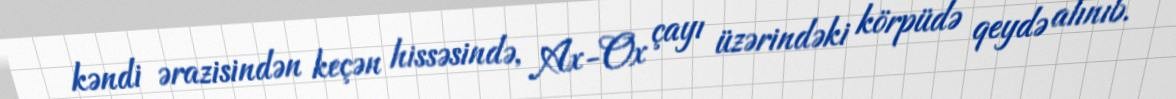
kəndi ərazisindən keçən hissəsində, Ax-Ox çayı üzərindəki körpüdə qeydə alınıb.